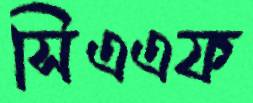
সিএএফ